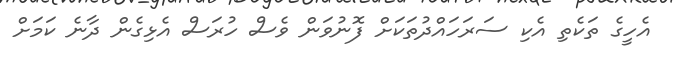
އެހީގެ ތަކެތި އެކި ސަރަހައްދުތަކަށް ފޮނުވަން ވެސް ހުރަސް އެޅިގެން ދާނެ ކަމަށް